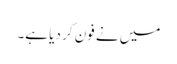
میں نے فون کر دیا ہے۔